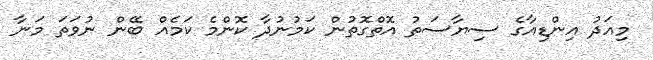
މިއަދު އިންޑިއާގެ ސިޔާސަތު އޮތްގޮތުން ކަމުނުދާ ކޮންމެ ކަމެއް ބޭން ނުވަތަ މަނާ